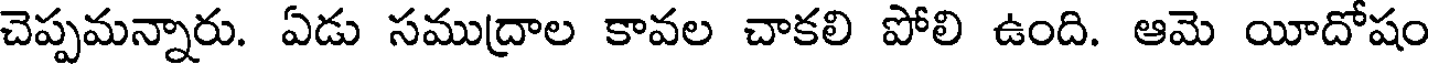
చెప్పమన్నారు. ఏడు సముద్రాల కావల చాకలి పోలి ఉంది. ఆమె యీదోషం